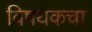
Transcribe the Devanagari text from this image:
विषयकचा